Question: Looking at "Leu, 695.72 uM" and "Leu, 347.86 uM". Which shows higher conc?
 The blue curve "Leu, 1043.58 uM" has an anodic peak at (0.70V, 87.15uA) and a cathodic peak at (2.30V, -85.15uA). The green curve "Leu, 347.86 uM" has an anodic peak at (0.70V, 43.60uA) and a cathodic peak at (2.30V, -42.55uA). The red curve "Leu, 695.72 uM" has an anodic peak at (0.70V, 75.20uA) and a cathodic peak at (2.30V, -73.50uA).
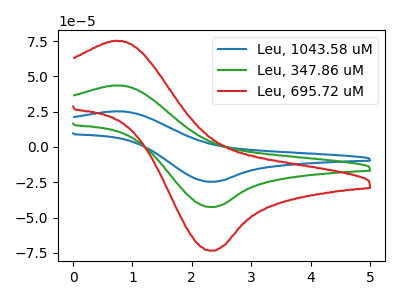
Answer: <think>All the peaks in "Leu, 695.72 uM" have a peak in "Leu, 347.86 uM" at the same potential. Every peak in "Leu, 695.72 uM" is higher than every peak in "Leu, 347.86 uM".
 </think>
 <answer>"Leu, 695.72 uM" has more signal than "Leu, 347.86 uM" and so likely has a higher concentration.</answer>
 <eval>more_concentration</eval>